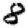
Digit: 8